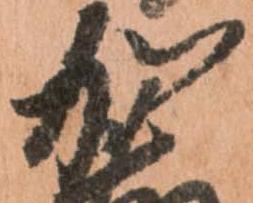
加